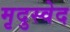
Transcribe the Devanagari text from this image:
मृदुस्वेद